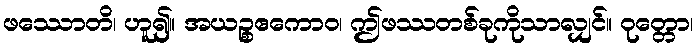
ဖဿောတိ၊ ဟူ၍။ အယဉ္စဧကောဝ၊ ဤဖဿတစ်ခုကိုသာလျှင်။ ဝုတ္တော၊